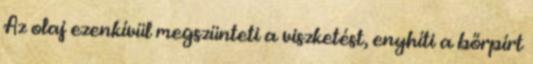
Az olaj ezenkívül megszünteti a viszketést, enyhíti a bőrpírt